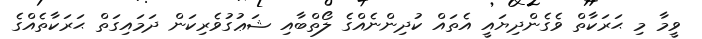
ވީމާ މި ޙަރަކާތް ވެގެންދިޔައީ އެތައް ކުދިންނެއްގެ ލޯތްބާއި ޝަޢުގުވެރިކަން ދަމައިގަތް ޙަރަކާތެއްގެ